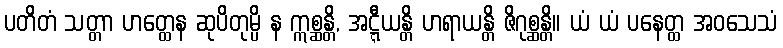
ပတိတံ သတ္တာ ဟတ္ထေန ဆုပိတုမ္ပိ န ဣစ္ဆန္တိ, အဋ္ဋီယန္တိ ဟရာယန္တိ ဇိဂုစ္ဆန္တိ။ ယံ ယံ ပနေတ္ထ အဝသေသံ